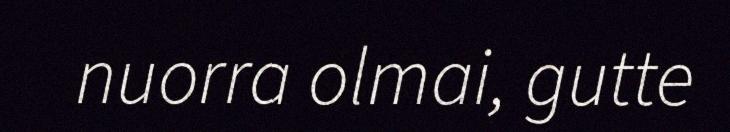
nuorra olmai, gutte